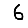
Digit: 6